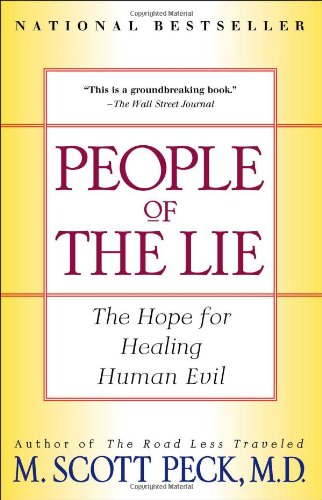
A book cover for People of the Lie: The Hope for Healing Human Evil; M. Scott Peck; Politics & Social Sciences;